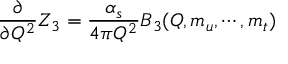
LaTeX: \frac { \partial } { \partial Q ^ { 2 } } Z _ { 3 } = \frac { \alpha _ { s } } { 4 \pi Q ^ { 2 } } B _ { 3 } ( Q , m _ { u } , \cdots , m _ { t } )